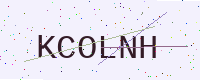
Text: KCOLNH